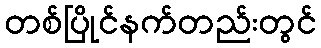
တစ်ပြိုင်နက်တည်းတွင်